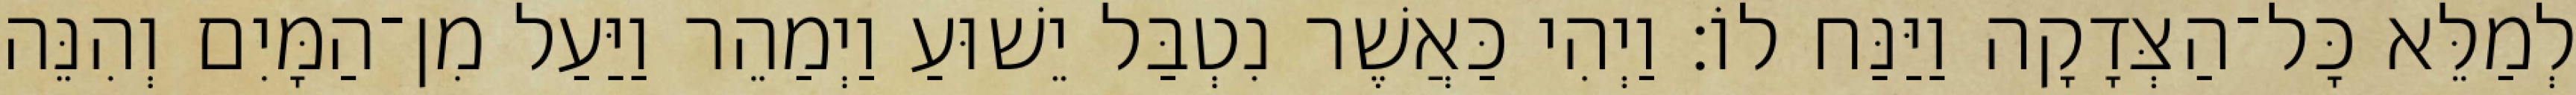
לְמַלֵּא כָּל־הַצְּדָקָה וַיַּנַּח לוֹ׃ וַיְהִי כַּאֲשֶׁר נִטְבַּל יֵשׁוּעַ וַיְמַהֵר וַיַּעַל מִן־הַמָּיִם וְהִנֵּה